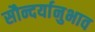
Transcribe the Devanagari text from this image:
सौन्दर्यानुभाव